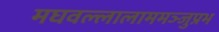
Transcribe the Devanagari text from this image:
मघवल्लालाममञ्जुप्रभ